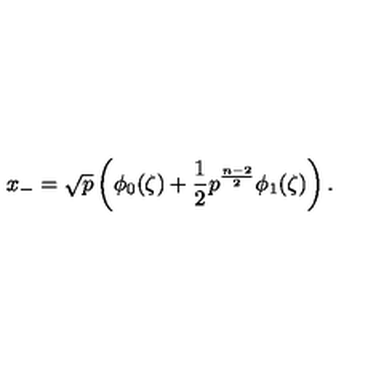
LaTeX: x _ { - } = \sqrt { p } \left( \phi _ { 0 } ( \zeta ) + \frac { 1 } { 2 } p ^ { \frac { n - 2 } { 2 } } \phi _ { 1 } ( \zeta ) \right) .